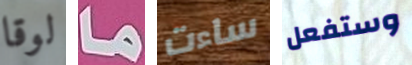
لوقا ما ساءت وستفعل